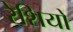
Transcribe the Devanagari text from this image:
रेशियों